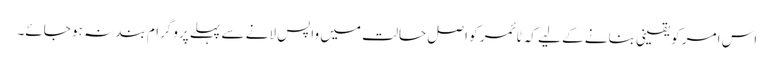
اس امر کو یقینی بنانے کے لیے کہ ٹائمر کو اصل حالت میں واپس لانے سے پہلے پروگرام بند نہ ہو جائے۔